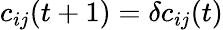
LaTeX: c_{ij}(t+1)=\delta c_{ij}(t)